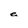
Character: e